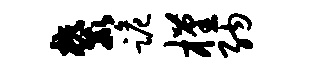
麓跪槿纳